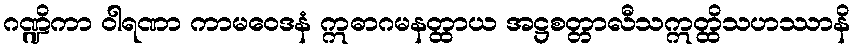
ဂဏ္ဍိကာ ဝါရဏာ ကာမဝေဒနံ ဣဓာဂမနတ္ထာယ အဋ္ဌစတ္တာလီသဣတ္ထိသဟဿာနိ